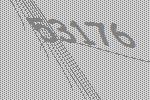
53176